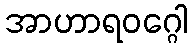
အာဟာရဝဂ္ဂေါ